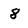
Character: 8